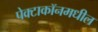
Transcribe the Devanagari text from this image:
पेक्टाकॉनमधील